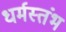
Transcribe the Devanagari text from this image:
धर्मस्तंभ